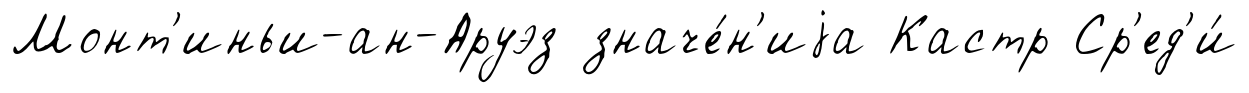
Монт'иньи-ан-Аруэз значе́н'иjа Кастр Ср'ед'и́